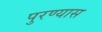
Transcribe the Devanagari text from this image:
पुरण्यास